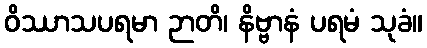
ဝိဿာသပရမာ ဉာတိ၊ နိဗ္ဗာနံ ပရမံ သုခံ။